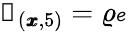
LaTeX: \mathscr{s}_{(\pmb{x},5)}=\varrho\mathscr{e}